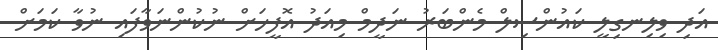
އަދި ވިލިނގިލީ ކައުންސިލް މެންބަރު ނަދީމް މިއަދު އޮފީހަށް ނުކުންނަވާފައި ނުވާ ކަމަށް